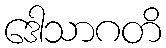
ဒေါသာဂတိ